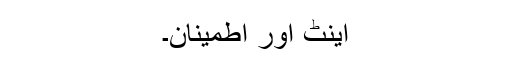
اینٹ اور اطمینان۔